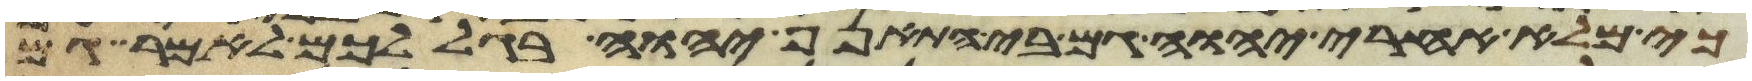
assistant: כי מלא אחרי יהוה גם בי התאנף יהוה בגללכם לאמר גם